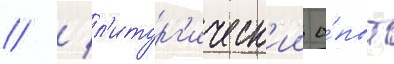
// / л'итург'ическ'ии о́пыт